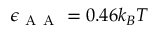
\epsilon _ { \mathrm { ~ A ~ A ~ } } = 0 . 4 6 k _ { B } T